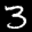
Label: 3